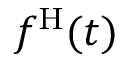
f ^ { \mathrm { H } } ( t )